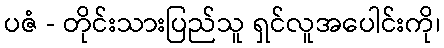
ပဇံ - တိုင်းသားပြည်သူ ရှင်လူအပေါင်းကို၊